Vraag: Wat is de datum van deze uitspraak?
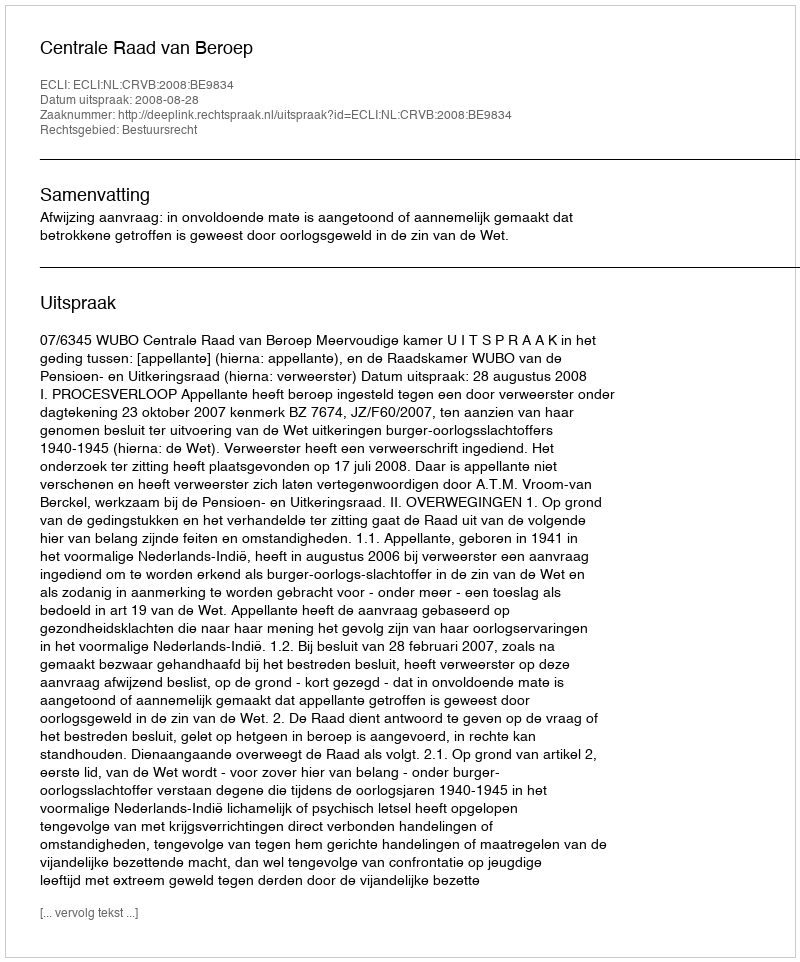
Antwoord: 2008-08-28